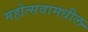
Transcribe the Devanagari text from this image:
महोत्सवामधील